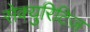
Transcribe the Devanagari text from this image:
सेक्युरिटिज़